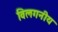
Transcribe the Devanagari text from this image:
विलगनीय